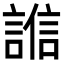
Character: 𧪄